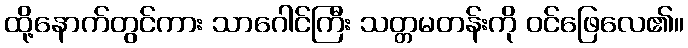
ထို့နောက်တွင်ကား သာဂေါင်ကြီး သတ္တမတန်းကို ဝင်ဖြေလေ၏။